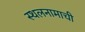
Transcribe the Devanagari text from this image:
स्थलनामाची